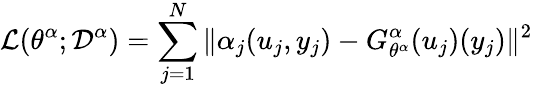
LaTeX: \mathcal{L}(\theta^{\alpha};\mathcal{D}^{\alpha})=\sum_{j=1}^{N}\| \alpha_{j}(u_{j},y_{j})-G_{\theta^{\alpha}}^{\alpha}(u_{j})(y_{j})\| ^{2}